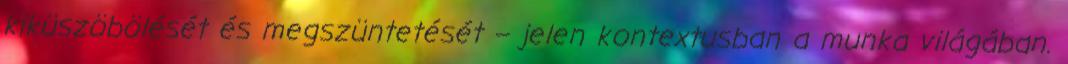
kiküszöbölését és megszüntetését – jelen kontextusban a munka világában.